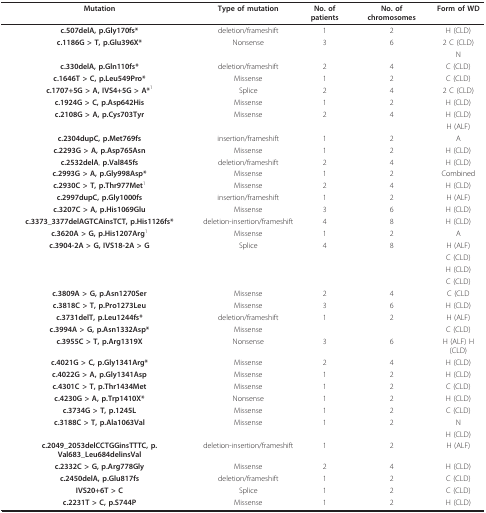
<table><thead><tr><td><b>Mutation</b></td><td><b>Type of mutation</b></td><td><b>No. of patients</b></td><td><b>No. of chromosomes</b></td><td><b>Form of WD</b></td></tr></thead><tbody><tr><td><b>c.507delA, p.Gly170fs*</b></td><td>deletion/frameshift</td><td>1</td><td>2</td><td>H (CLD)</td></tr><tr><td><b>c.1186G &gt; T, p.Glu396X*</b></td><td>Nonsense</td><td>3</td><td>6</td><td>2 C (CLD)</td></tr><tr><td></td><td></td><td></td><td></td><td>N</td></tr><tr><td><b>c.330delA, p.Gln110fs*</b></td><td>deletion/frameshift</td><td>2</td><td>4</td><td>C (CLD)</td></tr><tr><td><b>c.1646T &gt; C, p.Leu549Pro*</b></td><td>Missense</td><td>1</td><td>2</td><td>C (CLD)</td></tr><tr><td><b>c.1707+5G &gt; A, IVS4+5G &gt; A*</b><sup>1</sup></td><td>Splice</td><td>2</td><td>4</td><td>2 C (CLD)</td></tr><tr><td><b>c.1924G &gt; C, p.Asp642His</b></td><td>Missense</td><td>1</td><td>2</td><td>H (CLD)</td></tr><tr><td><b>c.2108G &gt; A, p.Cys703Tyr</b></td><td>Missense</td><td>2</td><td>4</td><td>H (CLD)</td></tr><tr><td></td><td></td><td></td><td></td><td>H (ALF)</td></tr><tr><td><b>c.2304dupC, p.Met769fs</b></td><td>insertion/frameshift</td><td>1</td><td>2</td><td>A</td></tr><tr><td><b>c.2293G &gt; A, p.Asp765Asn</b></td><td>Missense</td><td>1</td><td>2</td><td>H (CLD)</td></tr><tr><td><b>c.2532delA</b>, <b>p.Val845fs</b></td><td>deletion/frameshift</td><td>2</td><td>4</td><td>H (CLD)</td></tr><tr><td><b>c.2993G &gt; A, p.Gly998Asp*</b></td><td>Missense</td><td>1</td><td>2</td><td>Combined</td></tr><tr><td><b>c.2930C &gt; T, p.Thr977Met</b><sup>1</sup></td><td>Missense</td><td>2</td><td>4</td><td>H (CLD)</td></tr><tr><td><b>c.2997dupC, p.Gly1000fs</b></td><td>insertion/frameshift</td><td>1</td><td>2</td><td>H (ALF)</td></tr><tr><td><b>c.3207C &gt; A, p.His1069Glu</b></td><td>Missense</td><td>3</td><td>6</td><td>H (CLD)</td></tr><tr><td><b>c.3373_3377delAGTCAinsTCT, p.His1126fs*</b></td><td>deletion-insertion/frameshift</td><td>4</td><td>8</td><td>H (CLD)</td></tr><tr><td><b>c.3620A &gt; G, p.His1207Arg</b><sup>1</sup></td><td>Missense</td><td>1</td><td>2</td><td>A</td></tr><tr><td><b>c.3904-2A &gt; G, IVS18-2A &gt; G</b></td><td>Splice</td><td>4</td><td>8</td><td>H (ALF)</td></tr><tr><td></td><td></td><td></td><td></td><td>C (CLD)</td></tr><tr><td></td><td></td><td></td><td></td><td>H (CLD)</td></tr><tr><td></td><td></td><td></td><td></td><td>C (CLD)</td></tr><tr><td><b>c.3809A &gt; G, p.Asn1270Ser</b></td><td>Missense</td><td>2</td><td>4</td><td>C (CLD</td></tr><tr><td><b>c.3818C &gt; T, p.Pro1273Leu</b></td><td>Missense</td><td>3</td><td>6</td><td>H (CLD)</td></tr><tr><td><b>c.3731delT, p.Leu1244fs*</b></td><td>deletion/frameshift</td><td>1</td><td>2</td><td>H (ALF)</td></tr><tr><td><b>c.3994A &gt; G, p.Asn1332Asp*</b></td><td>Missense</td><td></td><td></td><td>C (CLD)</td></tr><tr><td><b>c.3955C &gt; T, p.Arg1319X</b></td><td>Nonsense</td><td>3</td><td>6</td><td>H (ALF) H (CLD)</td></tr><tr><td><b>c.4021G &gt; C, p.Gly1341Arg*</b></td><td>Missense</td><td>2</td><td>4</td><td>H (CLD)</td></tr><tr><td><b>c.4022G &gt; A, p.Gly1341Asp</b></td><td>Missense</td><td>1</td><td>2</td><td>H (CLD)</td></tr><tr><td><b>c.4301C &gt; T, p.Thr1434Met</b></td><td>Missense</td><td>1</td><td>2</td><td>C (CLD)</td></tr><tr><td><b>c.4230G &gt; A, p.Trp1410X*</b></td><td>Nonsense</td><td>1</td><td>2</td><td>H (CLD)</td></tr><tr><td><b>c.3734G &gt; T, p.1245L</b></td><td>Missense</td><td>1</td><td>2</td><td>C (CLD)</td></tr><tr><td><b>c.3188C &gt; T, p.Ala1063Val</b></td><td>Missense</td><td>1</td><td>2</td><td>N</td></tr><tr><td></td><td></td><td></td><td></td><td>H (CLD)</td></tr><tr><td><b>c.2049_2053delCCTGGinsTTTC, p.Val683_Leu684delinsVal</b></td><td>deletion-insertion/frameshift</td><td>1</td><td>2</td><td>H (ALF)</td></tr><tr><td><b>c.2332C &gt; G, p.Arg778Gly</b></td><td>Missense</td><td>2</td><td>4</td><td>H (CLD)</td></tr><tr><td><b>c.2450delA, p.Glu817fs</b></td><td>deletion/frameshift</td><td>1</td><td>2</td><td>C (CLD)</td></tr><tr><td><b>IVS20+6T &gt; C</b></td><td>Splice</td><td>1</td><td>2</td><td>C (CLD)</td></tr><tr><td><b>c.2231T &gt; C, p.S744P</b></td><td>Missense</td><td>1</td><td>2</td><td>H (CLD)</td></tr></tbody></table>